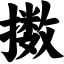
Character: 擞